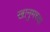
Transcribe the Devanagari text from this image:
खानुमच्या